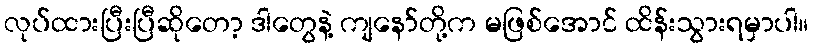
လုပ်ထားပြီးပြီဆိုတော့ ဒါတွေနဲ့ ကျနော်တို့က မဖြစ်အောင် ထိန်းသွားရမှာပါ။